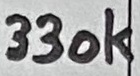
Text: 330K